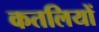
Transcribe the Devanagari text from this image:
कतलियों